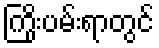
ကြိုးပမ်းရာတွင်